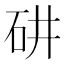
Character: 𥐹